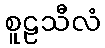
စူဠသီလံ